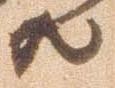
共